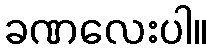
ခဏလေးပါ။